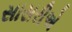
સાસરીએ